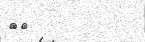
١٥